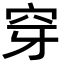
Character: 穿